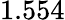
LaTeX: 1.554